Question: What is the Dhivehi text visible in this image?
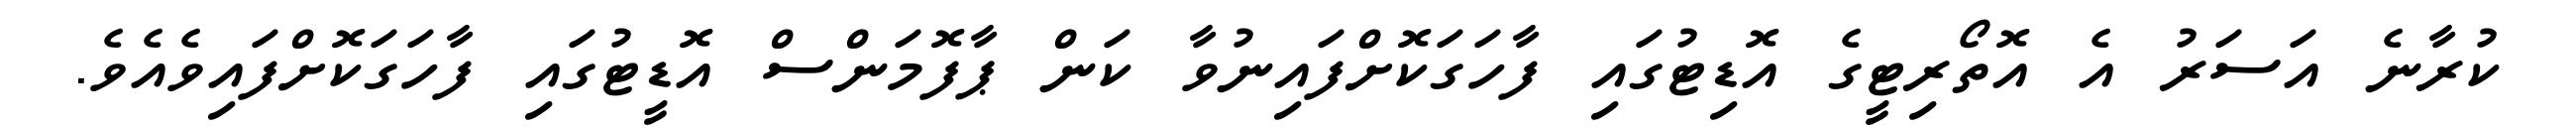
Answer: ކުރާނެ އަސަރު އެ އޮތޯރިޓީގެ އޮޑިޓުގައި ފާހަގަކޮށްފައިނުވާ ކަން ޕާފޮމަންސް އޮޑީޓުގައި ފާހަގަކޮށްފައިވެއެވެ.